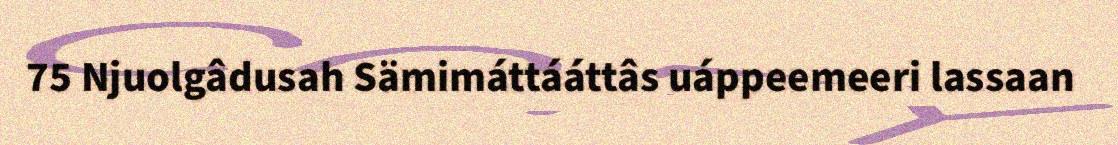
75 Njuolgâdusah Sämimáttááttâs uáppeemeeri lassaan